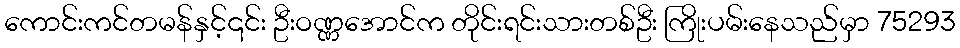
ကောင်းကင်တမန်နှင့်၎င်း ဦးဝဏ္ဏအောင်က တိုင်းရင်းသားတစ်ဦး ကြိုးပမ်းနေသည်မှာ 75293